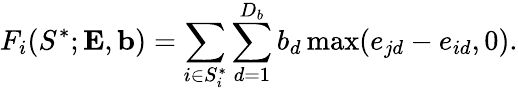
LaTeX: F_{i}(S^{*};{\mathbf{E}},{\mathbf{b}})=\sum_{i\in{S_{i}^{*}}}\sum_{d=1}^{D_{b}}b_{d}\operatorname*{max}(e_{jd}-e_{id},0).